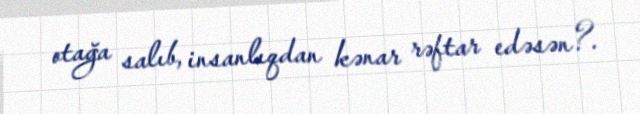
otağa salıb, insanlıqdan kənar rəftar edəsən?.